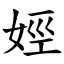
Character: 娙